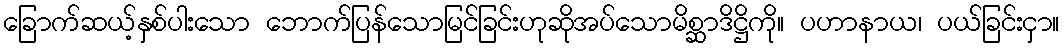
ခြောက်ဆယ့်နှစ်ပါးသော ဘောက်ပြန်သောမြင်ခြင်းဟုဆိုအပ်သောမိစ္ဆာဒိဋ္ဌိကို။ ပဟာနာယ၊ ပယ်ခြင်းငှာ။